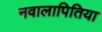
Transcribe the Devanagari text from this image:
नवालापितिया